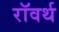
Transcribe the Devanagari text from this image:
रॉवर्थ